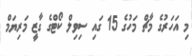
މި އަހަރުގެ މާޗް މަހުގެ 15 ގައި ސިވިލް ކޯޓްގެ ގާޒީ މަރިޔަމް